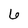
Character: 6